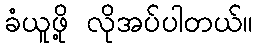
ခံယူဖို့ လိုအပ်ပါတယ်။